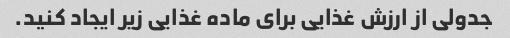
جدولی از ارزش غذایی برای ماده غذایی زیر ایجاد کنید.